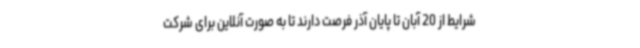
شرایط از 20 آبان تا پایان آذر فرصت دارند تا به‌ صورت آنلاین برای شرکت